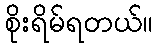
စိုးရိမ်ရတယ်။